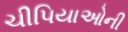
ચીપિયાઓની